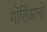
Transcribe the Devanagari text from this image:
गोलिसानो